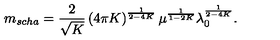
m _ { s c h a } = \frac { 2 } { \sqrt { K } } \left( 4 \pi K \right) ^ { \frac { 1 } { 2 - 4 K } } \mu ^ { \frac { 1 } { 1 - 2 K } } \lambda _ { 0 } ^ { \frac { 1 } { 2 - 4 K } } .